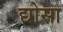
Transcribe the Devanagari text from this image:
द्योसा